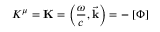
K ^ { \mu } = \mathbf { K } = \left( { \frac { \omega } { c } } , { \vec { \mathbf { k } } } \right) = - \mathbf { \partial } [ \Phi ]